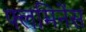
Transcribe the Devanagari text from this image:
फ्लमिनेंस